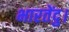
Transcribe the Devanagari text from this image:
भारतेंदु।